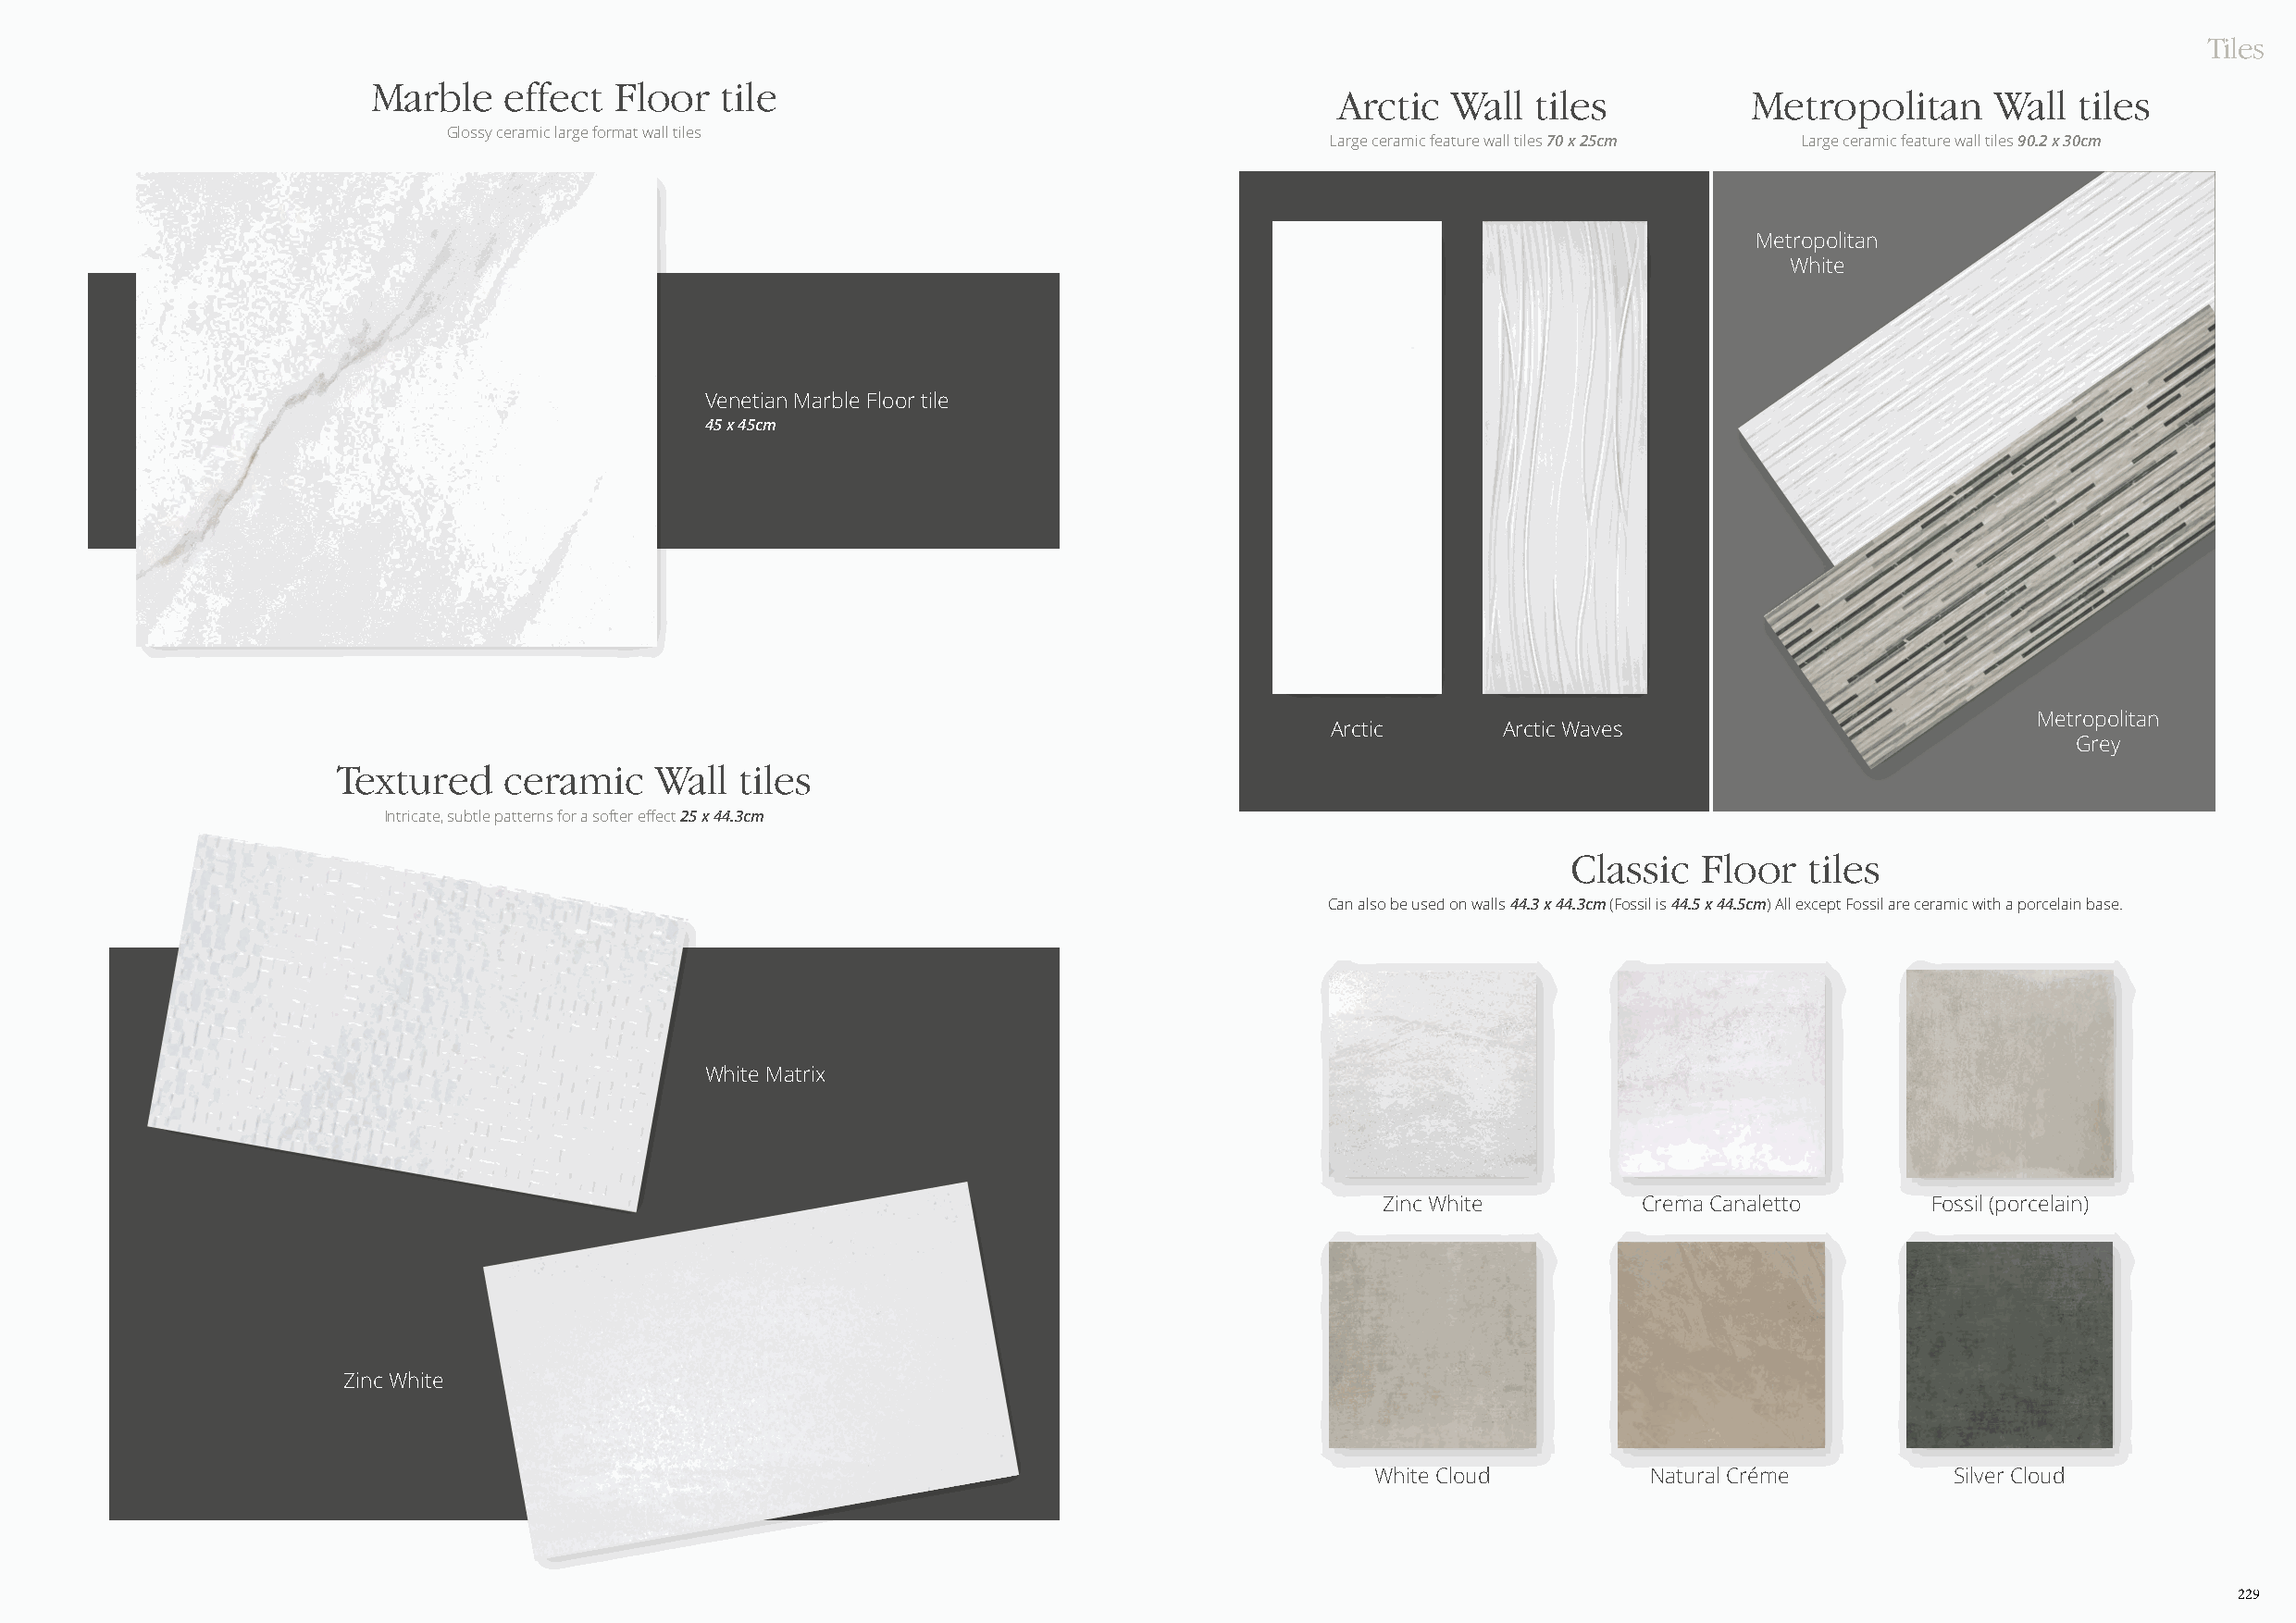
Tiles
 Marble   effect  Floor   tile
 Arctic  Wall  tiles          Metropolitan      Wall  tiles
 Glossy ceramic large format wall tiles
 Large ceramic feature wall tiles 70 x 25cm Large ceramic feature wall tiles 90.2 x 30cm
 Metropolitan
 White
 Venetian Marble Floor tile
 45 x 45cm
 Metropolitan
 Arctic      Arctic Waves
 Grey
 Textured    ceramic    Wall  tiles
 Intricate, subtle patterns for a softer effect 25 x 44.3cm
 Classic   Floor  tiles
 Can also be used on walls 44.3 x 44.3cm (Fossil is 44.5 x 44.5cm) All except Fossil are ceramic with a porcelain base.
 White Matrix
 Zinc White        Crema Canaletto      Fossil (porcelain)
 Zinc White
 White Cloud         Natural Créme         Silver Cloud
 229